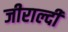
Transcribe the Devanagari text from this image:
जीराल्दी